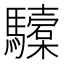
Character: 驝